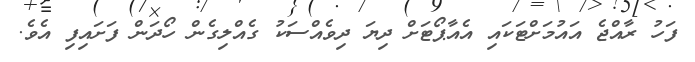
ފަހު ރާއްޖެ އައުމަށްޓަކައި އެއާޕޯޓަށް ދިޔަ ދިވެއްސަކު ގެއްލިގެން ހޯދަން ފަށައިފި އެވެ.